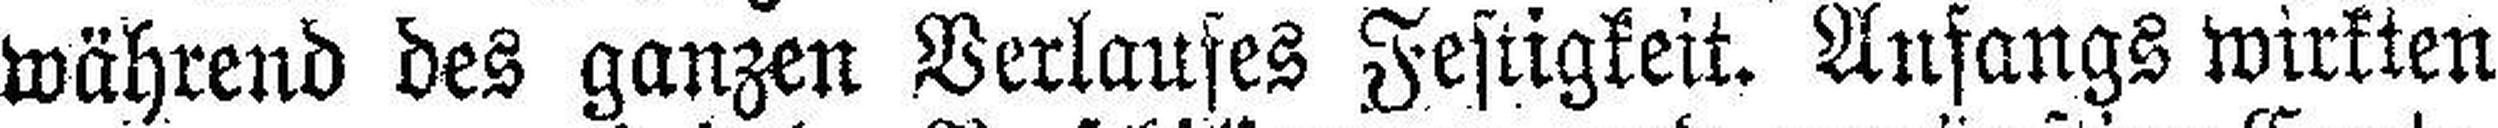
während des ganzen Verlaufes Festigkeit. Anfangs wirkten